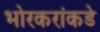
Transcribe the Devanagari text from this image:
भोरकरांकडे